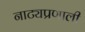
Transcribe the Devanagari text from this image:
नाट्यप्रणाली